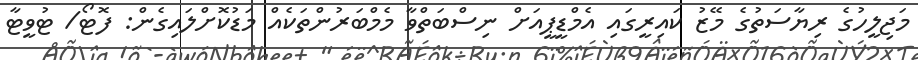
މަޖިލީހުގެ ރިޔާސަތުގެ މޭޒު ކައިރީގައި އެމްޑީޕީއަށް ނިސްބަތްވާ މެމްބަރުންތަކެއް މަޑުކޮށްލައިގެން: ފޮޓޯ/ ޓުވީޓާ